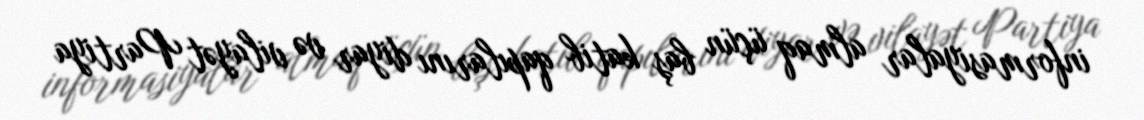
informasiyalar almaq üçün baş katib qapılarını diyar və vilayət Partiya